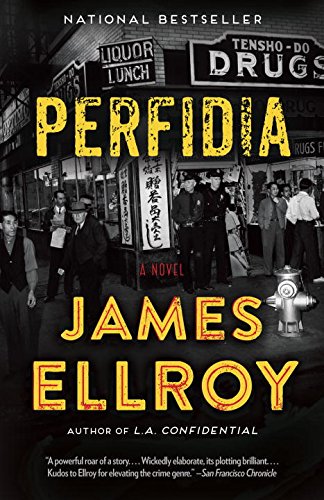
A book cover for Perfidia; James Ellroy; Mystery, Thriller & Suspense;